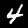
Label: 4